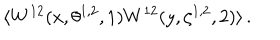
\langle W ^ { 1 2 } ( x , \theta ^ { 1 , 2 } , 1 ) W ^ { 1 2 } ( y , \zeta ^ { 1 , 2 } , 2 ) \rangle \, .